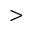
>